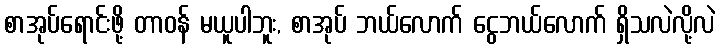
စာအုပ်ရောင်းဖို့ တာဝန် မယူပါဘူး, စာအုပ် ဘယ်လောက် ငွေဘယ်လောက် ရှိသလဲလို့လဲ